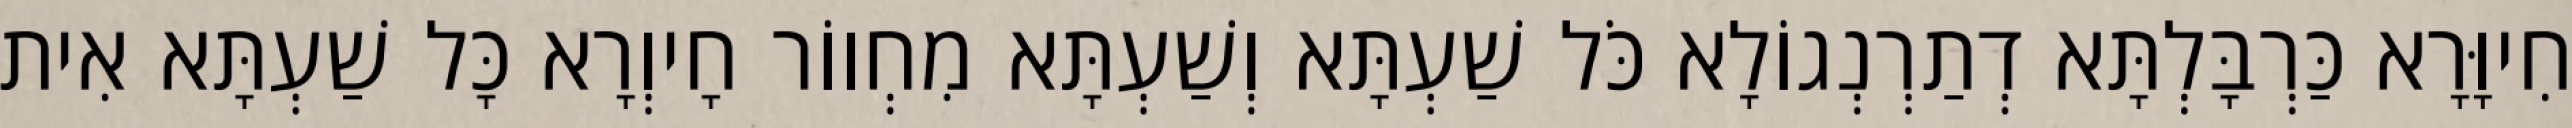
חִיוָּרָא כַּרְבָּלְתָּא דְתַרְנְגוֹלָא כֹּל שַׁעְתָּא וְשַׁעְתָּא מִחְווֹר חָיוְרָא כָּל שַׁעְתָּא אִית